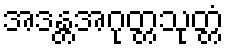
အဒန္တအဂုတ္တသုတ္တံ